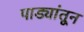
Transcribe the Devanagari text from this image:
पाड्यांतून